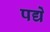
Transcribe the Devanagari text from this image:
पद्यें